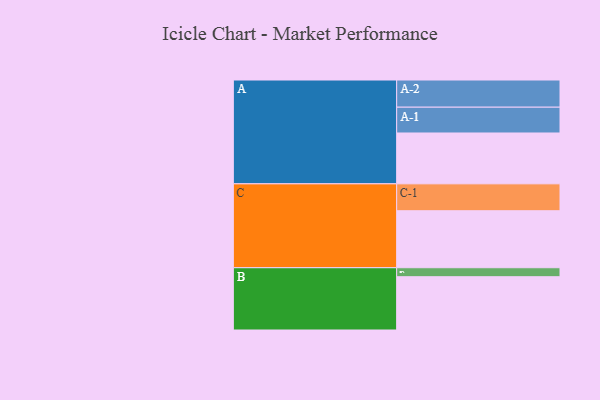
{"axis": {"x": "Segment", "y": "Value"}, "legend": ["", "A", "B", "C"], "data": [{"x": "A", "y": 520, "type": ""}, {"x": "B", "y": 545, "type": ""}, {"x": "C", "y": 583, "type": ""}, {"x": "A-1", "y": 264, "type": "A"}, {"x": "A-2", "y": 278, "type": "A"}, {"x": "B-1", "y": 92, "type": "B"}, {"x": "C-1", "y": 275, "type": "C"}]}